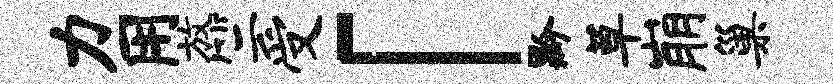
力用放竺受「黔草崩巢